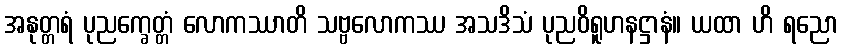
အနုတ္တရံ ပုညက္ခေတ္တံ လောကဿာတိ သဗ္ဗလောကဿ အသဒိသံ ပုညဝိရူဟနဋ္ဌာနံ။ ယထာ ဟိ ရညော